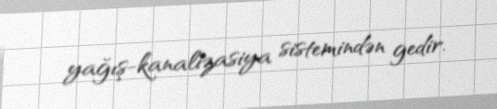
yağış-kanalizasiya sistemindən gedir.